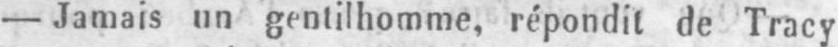
- Jamais un gentilhomme, répondit de Tracy